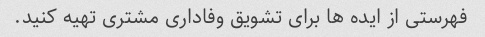
فهرستی از ایده ها برای تشویق وفاداری مشتری تهیه کنید.